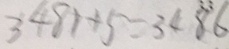
3 4 8 1 + 5 = 3 4 8 6